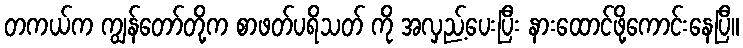
တကယ်က ကျွန်တော်တို့က စာဖတ်ပရိသတ် ကို အလှည့်ပေးပြီး နားထောင်ဖို့ကောင်းနေပြီ။